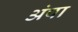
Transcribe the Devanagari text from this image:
अंपा